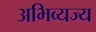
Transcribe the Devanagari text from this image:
अभिव्यज्य